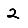
Digit: 2